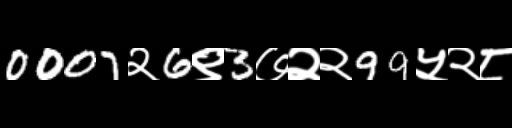
Text: 0007२6९3७२२99५२८